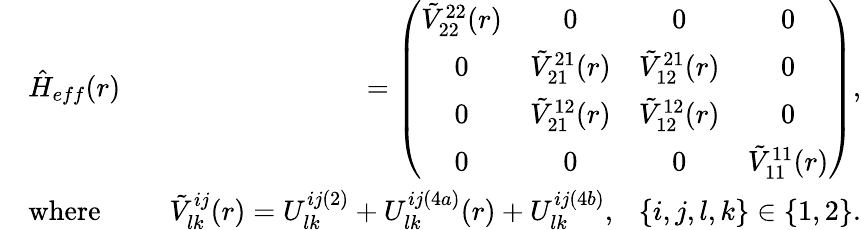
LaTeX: \begin{array}{rlr}&{\hat{H}_{eff}(r)}&{=\left(\begin{array}{cccc}{\tilde{V}_{22}^{22}(r)}&{0}&{0}&{0}\\ {0}&{\tilde{V}_{21}^{21}(r)}&{\tilde{V}_{12}^{21}(r)}&{0}\\ {0}&{\tilde{V}_{21}^{12}(r)}&{\tilde{V}_{12}^{12}(r)}&{0}\\ {0}&{0}&{0}&{\tilde{V}_{11}^{11}(r)}\end{array}\right),}\\ &{\mathrm{where}}&{~~~\tilde{V}_{lk}^{ij}(r)=U_{lk}^{ij(2)}+U_{lk}^{ij(4a)}(r)+U_{lk}^{ij(4b)},~~~\{ i,j,l,k\} \in\{ 1,2\} .}\end{array}